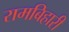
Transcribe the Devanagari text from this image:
रामबिहारी